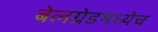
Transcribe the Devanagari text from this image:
बेलग्रेडमध्येच